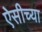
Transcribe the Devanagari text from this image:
ऐसीच्या